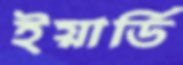
ইয়ার্ডি